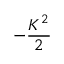
- \frac { K ^ { 2 } } { 2 }